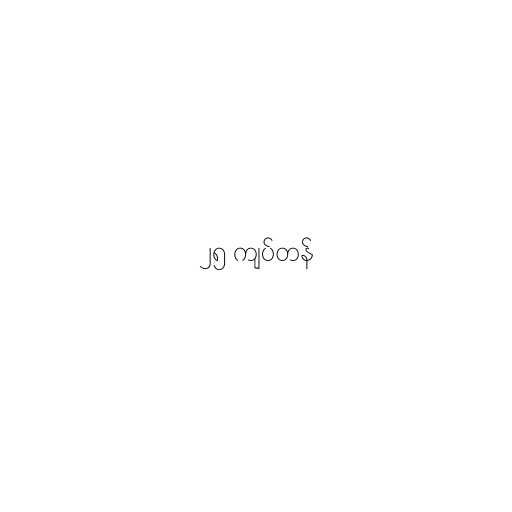
၂၅ ကျပ်တန်